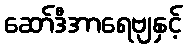
ဆော်ဒီအာရေဗျနှင့်